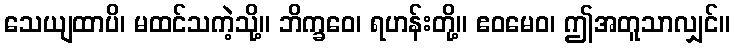
သေယျထာပိ၊ မထင်သကဲ့သို့။ ဘိက္ခဝေ၊ ရဟန်းတို့။ ဧဝမေဝ၊ ဤအတူသာလျှင်။